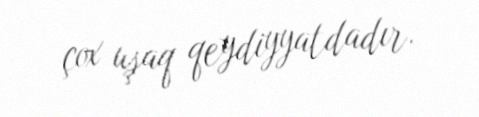
çox uşaq qeydiyyatdadır.